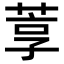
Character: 𬝇